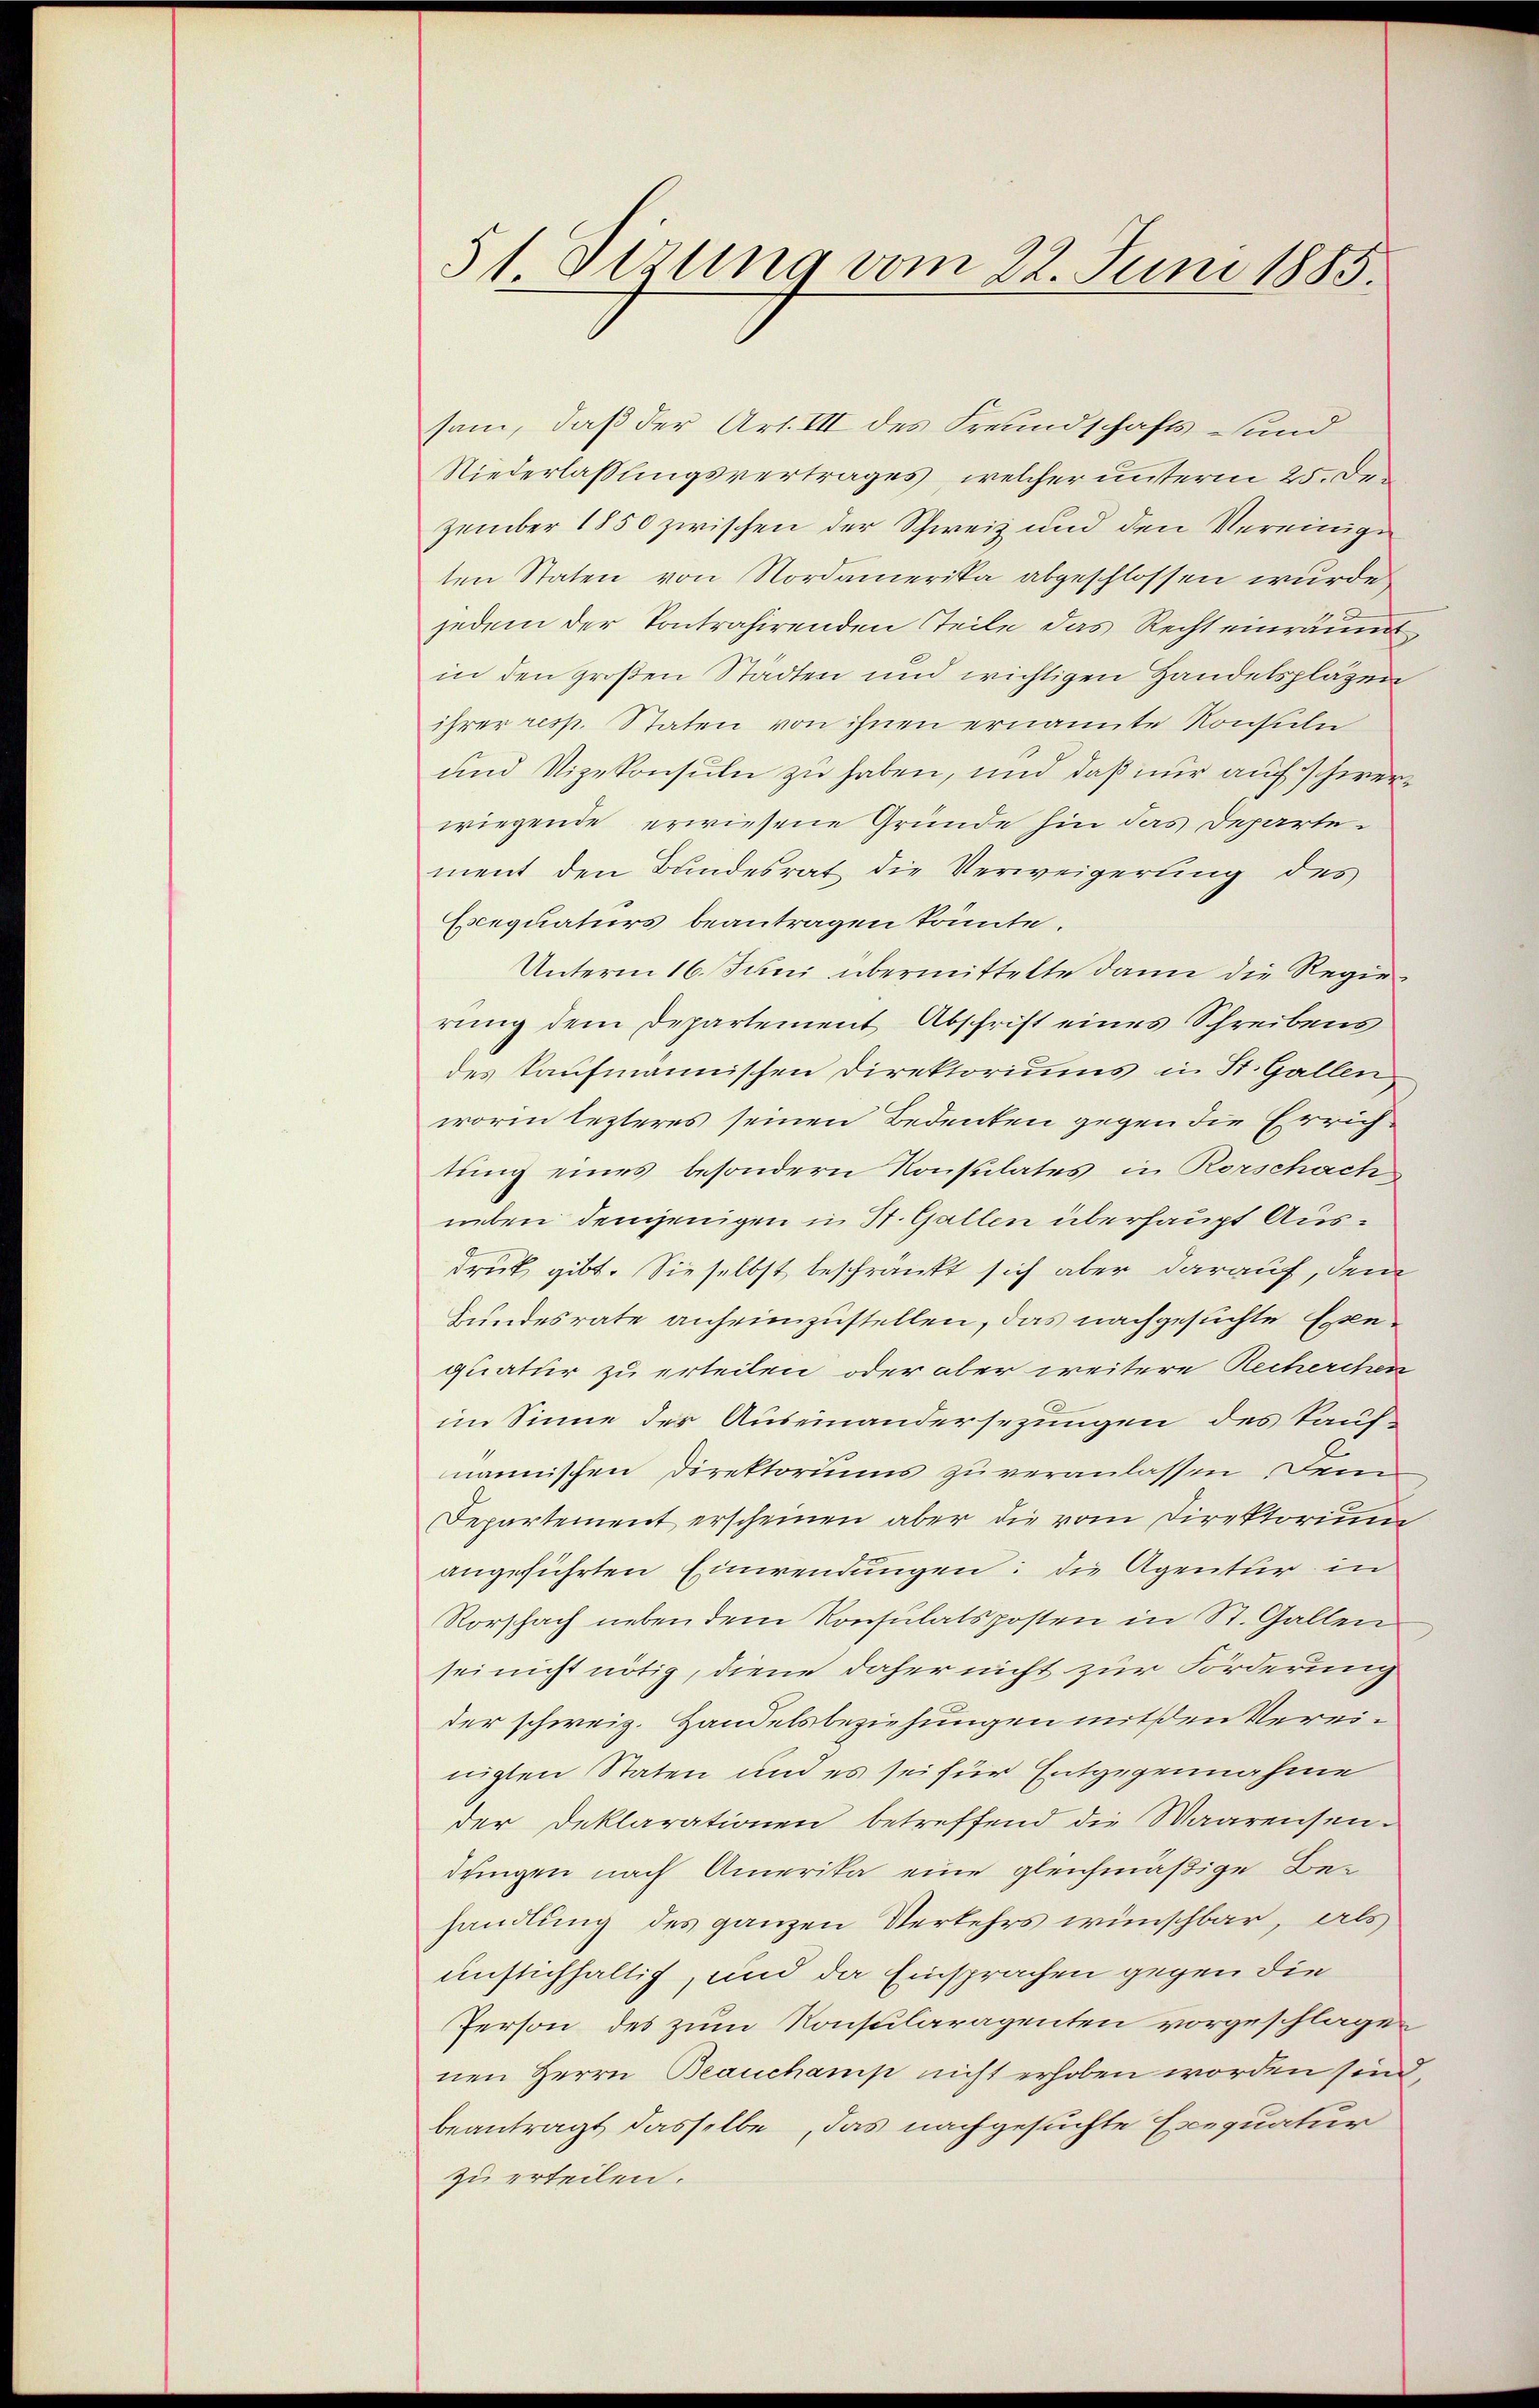
51 sizung vom 22. Juni 1885.

sam, daß der Art. III des Freundschafts Lund
Niederlaßungsvertrages, welcher unterm 25. Dezember 1850 zwischen der Schweiz und den Vereinige
ten Staten von Nordamerika abgeschlossen wurde
jedem der Kontrahirenden Teile das Recht einräumt
in den großen Stadten und wichtigen Handelsplazen
ihrer resp. Staten von ihnen ernannte Konsuln
und Vizekonsuln zu haben, und daß nur auf schwerwiegende erwiesene Gründe hin das Departement den Bundesrat die Verweigerung des
Exequaturs beantragen könnte.
Unterm 16. Juni übermittelte dann die Regierung dem Departement Abschrift eines Schreibens
des kaufmannischen Direktoriums in St. Gallen
worin lezteres seinen Bedeuten gegen die Errichtung eines besondern Konsulates in Rorschach
neben demjenigen in St. Gallen überhaupt Ausdruck gibt. Sie selbst beschränkt sich aber darauf, dem
Bundesrate anheimzustellen, das nachgesuchte Exequatur zu erteilen oder aber weitere Recherchen
im Sinne der Auseinandersezungen des Taufnännischen Direktoriums zu veranlassen. Denn
Departement erscheinen aber die vom Direktorium
angeführten Einwendungen: die Agentur in
Rorschach neben dem Konsulats posten in St. Gallen
sei nicht nötig, diene daher nicht zur Förderung
der schweiz. Handelsbeziehungen mit den Vereinigten Staten und es sei für Entgegennahme
der Deklarationen betreffend die Waarensendungen nach Amerika eine gleichmäßige Behandlung des ganzen Verkehrs wünschbar, als
unstichhaltig, und da Einsprachen gegen die
Person des zum Konsularagenten vorgeschlagen
nen Herrn Beauchamp nicht erhoben worden sind,
beantragt dasselbe, das nachgesuchte Exequatur
zu erteilen.